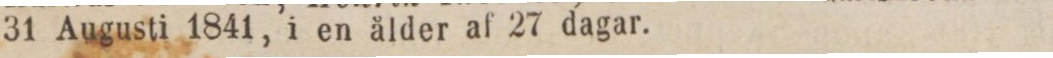
31 Augusti 1841, i en ålder af 27 dagar.